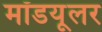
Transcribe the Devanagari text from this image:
मॉडयूलर